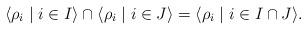
LaTeX: \begin{align*}\langle \rho_i \mid i \in I \rangle \cap \langle \rho_i \mid i \in J \rangle = \langle \rho_i \mid i \in I \cap J \rangle.\end{align*}